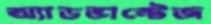
অ্যাডভান্টেজ